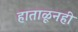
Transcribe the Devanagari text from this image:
हाताळूनही